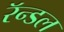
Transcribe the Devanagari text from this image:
रॅन्डल